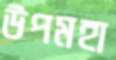
উপমহা